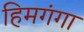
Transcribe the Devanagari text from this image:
हिमगंगा